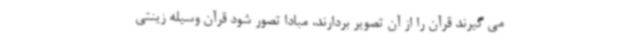
می گیرند قرآن را از آن تصویر بردارند، مبادا تصور شود قرآن وسیله زینتی